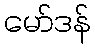
မော်ဒန်